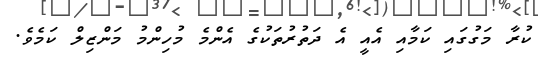
ކުރާ މަގުގައި ކަމާއި އެއީ އެ ދަތުރުތަކުގެ އެންމެ މުހިންމު މަންޒިލް ކަމެވެ.